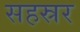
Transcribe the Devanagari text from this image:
सहस्रर